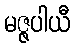
မဇ္ဇပါယီ